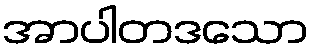
အာပါတဒသော